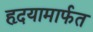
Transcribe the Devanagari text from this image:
हृदयामार्फत